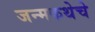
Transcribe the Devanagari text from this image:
जन्मकथेचे